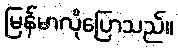
မြန်မာလိုပြောသည်။